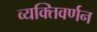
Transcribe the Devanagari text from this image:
व्यक्तिवर्णन